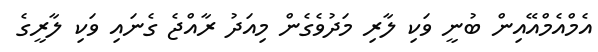
އެމްއެމްއޭއިން ބުނީ ވަކި ލާރި މަދުވެގެން މިއަދު ރާއްޖެ ގެނައި ވަކި ލާރީގެ